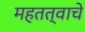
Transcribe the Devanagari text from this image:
महतत्वाचे